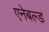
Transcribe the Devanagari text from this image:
एनेबल्ड